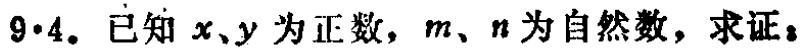
$9\cdot4.$ 已知 \(x、y\) 为正数，\(m、n\) 为自然数，求证：